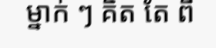
ម្នាក់ ៗ គិត តែ ពី